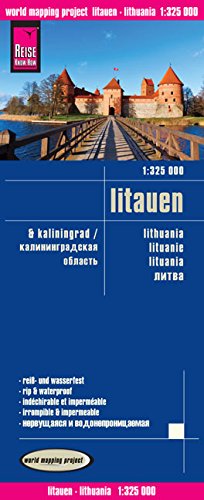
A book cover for Lithuania; Reise Know-How Verlag; Travel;